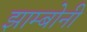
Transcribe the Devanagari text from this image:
झाम्बोनी